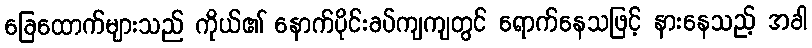
ခြေထောက်များသည် ကိုယ်၏ နောက်ပိုင်းခပ်ကျကျတွင် ရောက်နေသဖြင့် နားနေသည့် အခါ